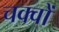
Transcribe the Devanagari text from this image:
चक्वों